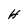
Character: H